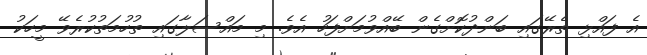
އެ ފައްޅި ތެރޭގައި ބަންދުކޮށްގެން ބޭއްވުމަށްފަހު އެވެ. މި މައްސަލާގައި ތުހުމަތުކުރެވޭ މީހަކު